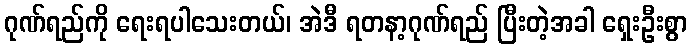
ဂုဏ်ရည်ကို ရေးရပါသေးတယ်၊ အဲဒီ ရတနာ့ဂုဏ်ရည် ပြီးတဲ့အခါ ရှေးဦးစွာ